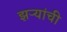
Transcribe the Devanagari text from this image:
झऱ्यांची